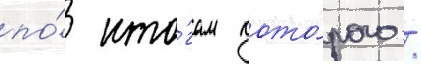
по́ ито́гам кото́рого /